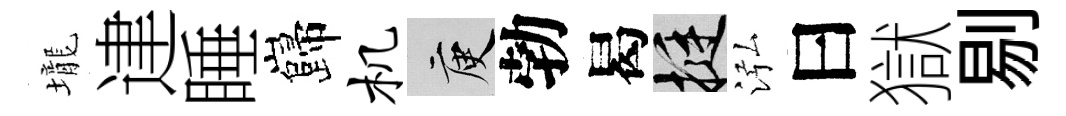
壠䢖睡巋机庾勃曷挺泓曰獄剔